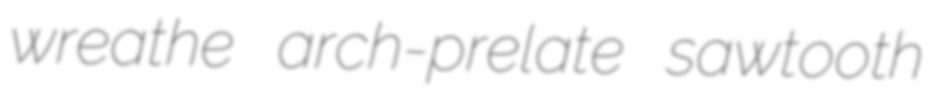
wreathe arch-prelate sawtooth